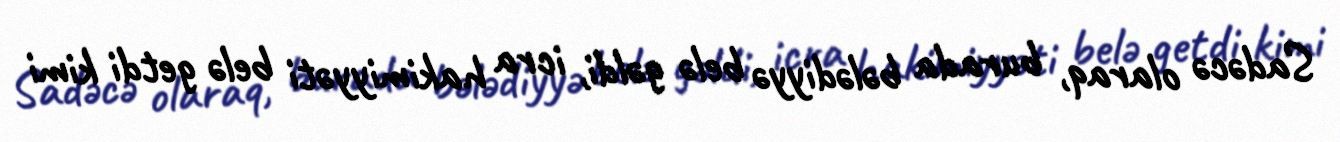
Sadəcə olaraq, burada bələdiyyə belə gəldi, icra hakimiyyəti belə getdi kimi